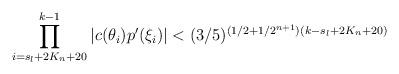
LaTeX: \begin{align*}\prod \limits^{k-1}_{i = s_l + 2K_n + 20} |c(\theta_i)p'(\xi_i)| < (3/5)^{(1/2 + 1/2^{n+1})(k - s_l + 2K_n + 20)}\end{align*}